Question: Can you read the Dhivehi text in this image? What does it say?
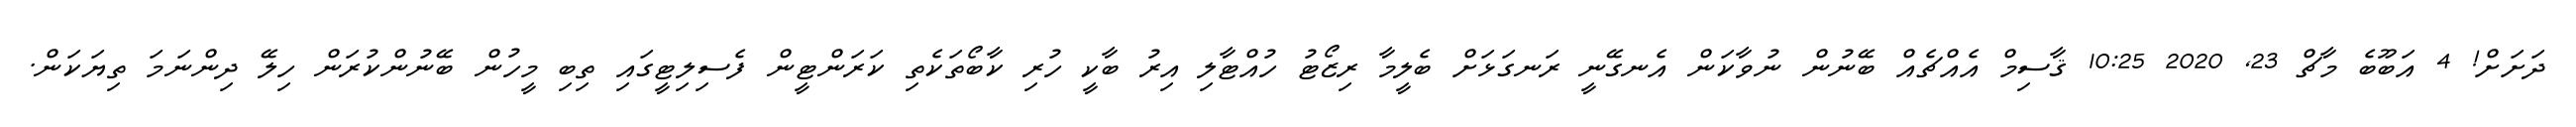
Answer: ދަށަށް! 4 އަބޫބެ މާޗް 23, 2020 10:25 ޤާސިމް އެއްޗެއް ބޭނުން ނުވާކަން އެނގޭނީ ރަނގަޅަށް ބެލީމާ ރިޒޯޓު ހުއްޓާލި އިރު ބާކީ ހުރި ކާބޯތަކެތި ކަރަންޓީން ފެސިލިޓީގައި ތިބި މީހުން ބޭނުންކުރަން ހިލޭ ދިންނަމަ ތިޔަކަން.